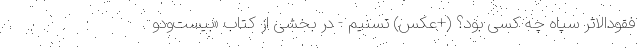
فقودالاثر سپاه چه کسی بود؟ (+عکس) تسنیم - در بخشی از کتاب «بیست‌ودو